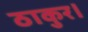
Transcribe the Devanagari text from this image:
ठाकुर।